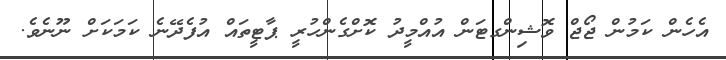
އެހެން ކަމުން ޖޯޖް ވޮޝިންގޓަން އުއްމީދު ކޮށްގެންހުރީ ޕާޓީތައް އުފެދޭނެ ކަމަކަށް ނޫނެވެ.